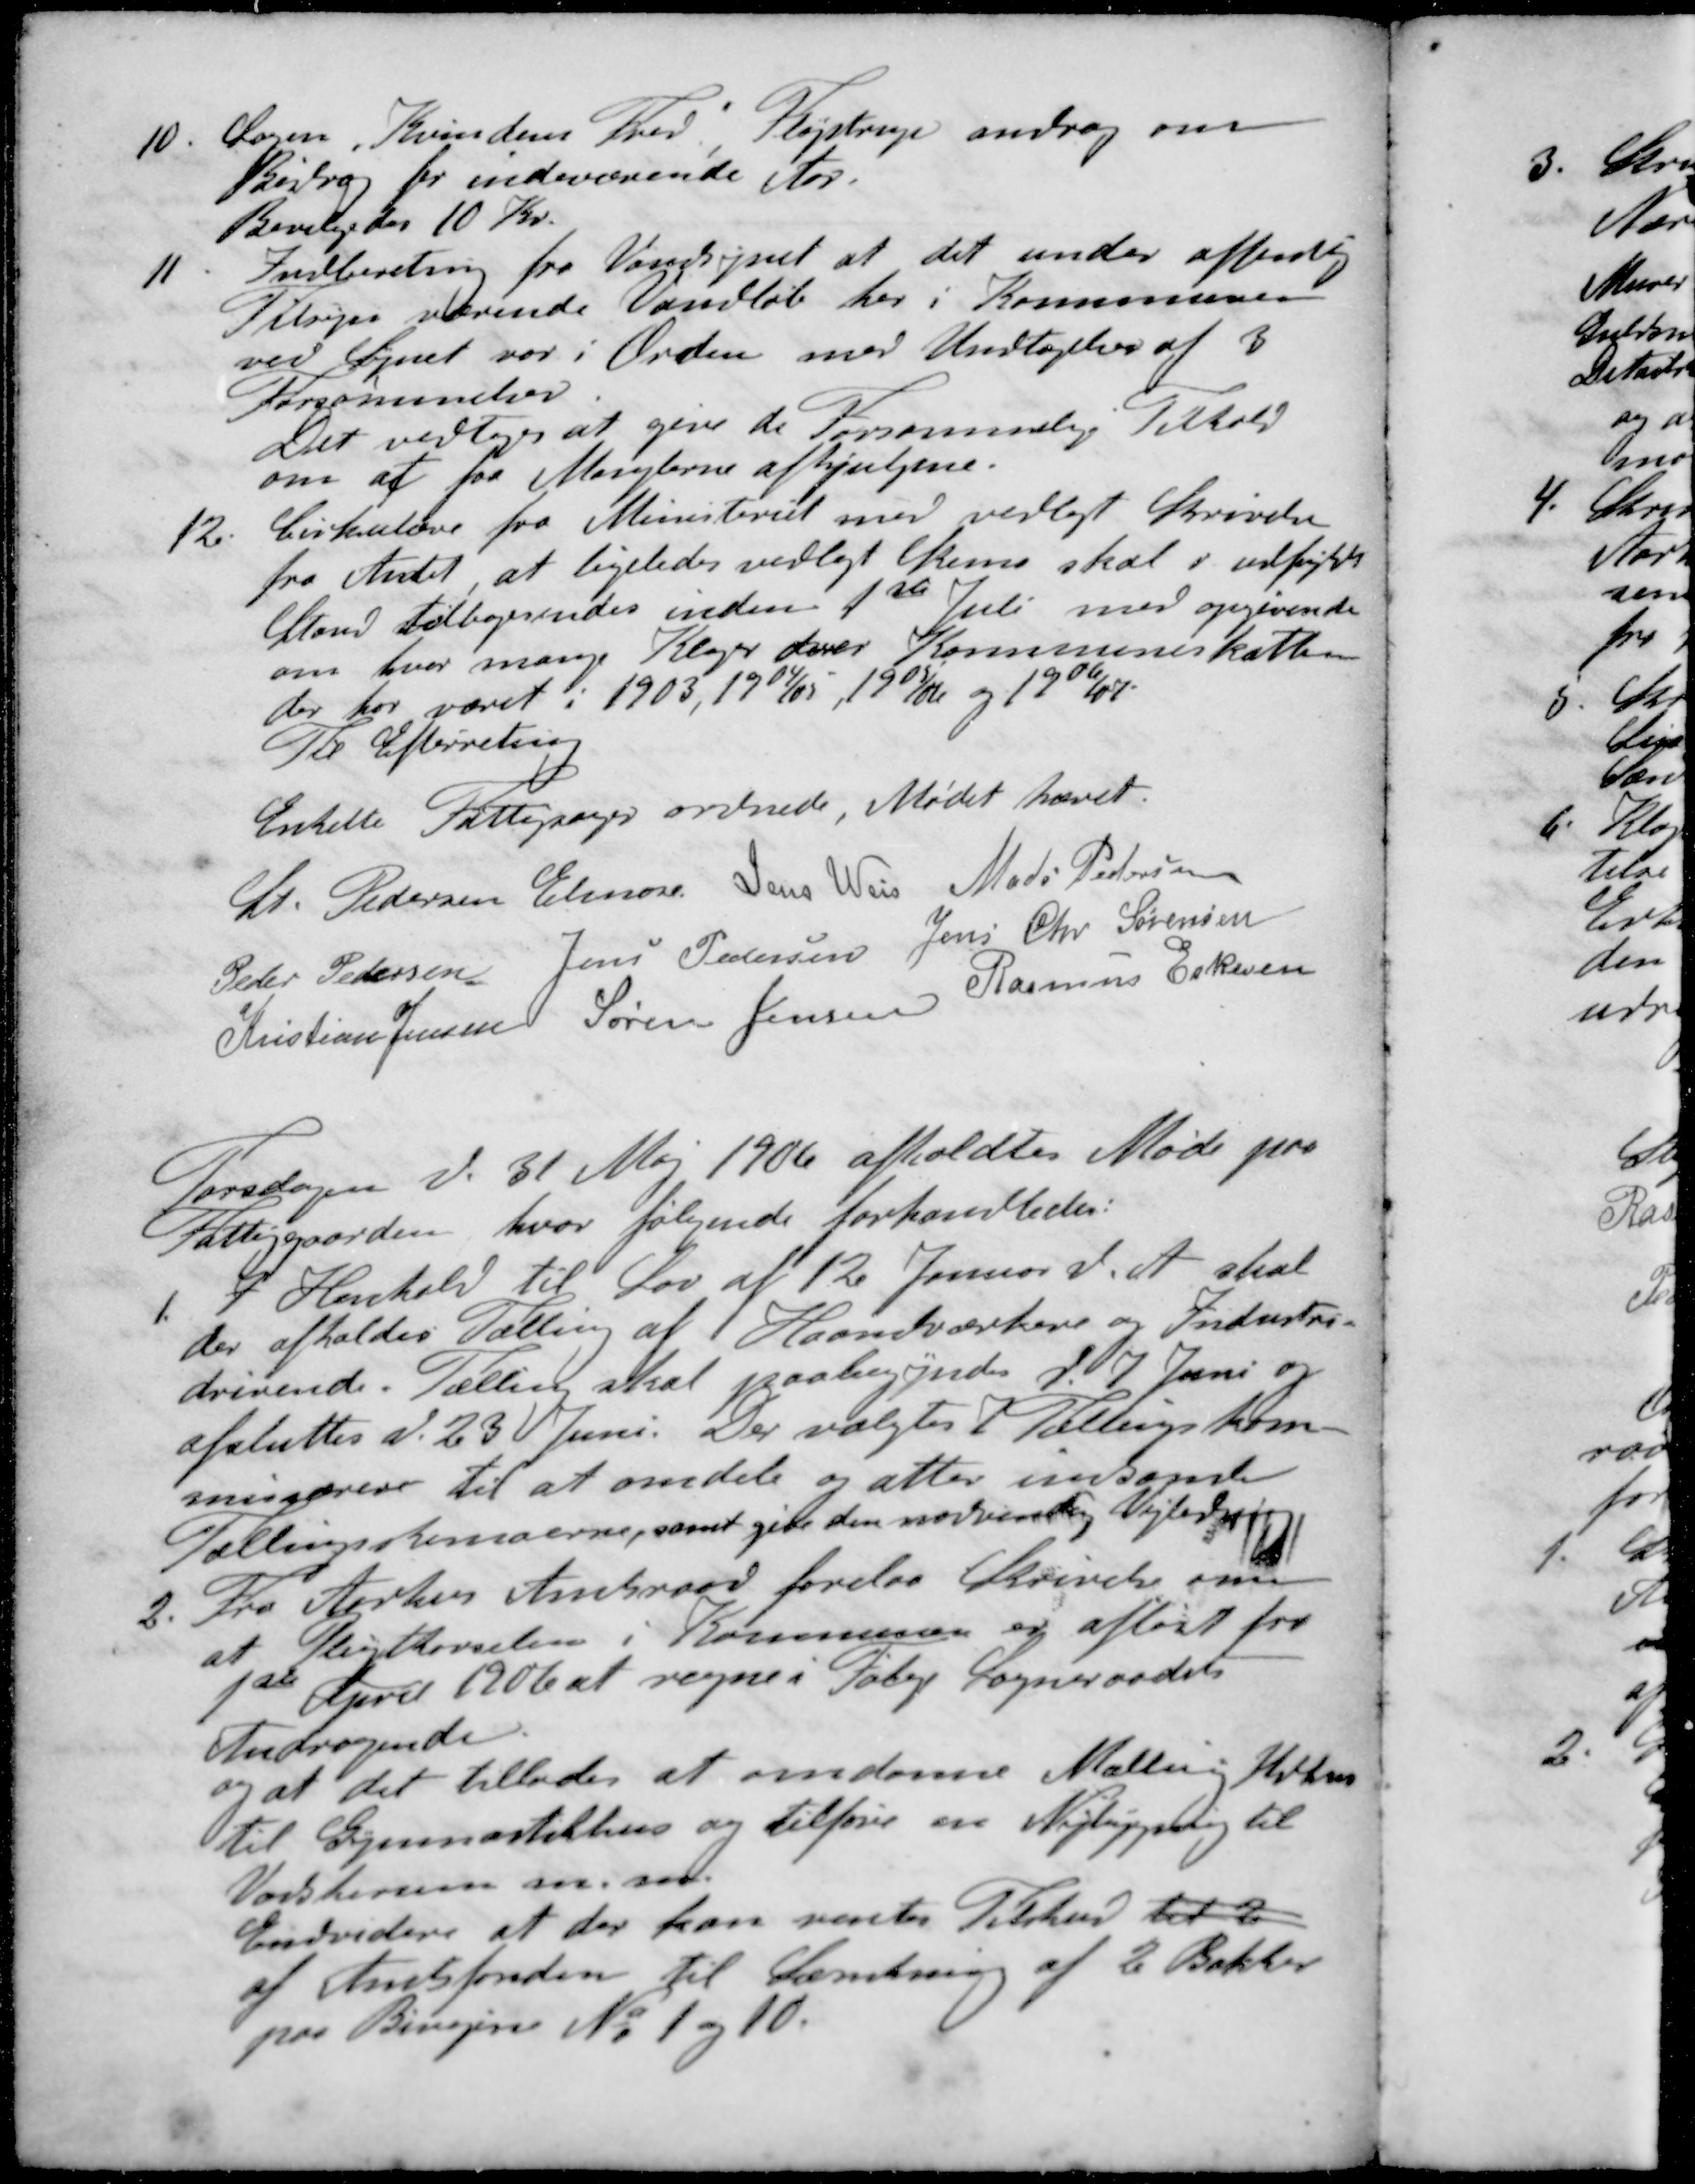
Transskription:
10. Logen "Kvindens Fred" Fløjstrup androg om
Bidrag for indeværende Aar.
Bevilgedes 10 Kr.
11. Indberetning fra Vandsynet at det under offentlig
Tilsyn værende Vandløb her i Kommunen
ved Synet var i Orden med Undtagelser af 3
Forsømmelser
Det vedtoges at give de Forsømmelige Tilhold
om at faa Manglerne afhjulpne.
12. Cirkulære fra Ministeriet med vedlagt Skrivelse
fra Amtet at ligeledes vedlagt Skema skal i udfyldt
Stand Tilbagerendes inden 1ste Juli med opgivende
om hvor mange Klager over Kommuneskatten
der har været i 1903, 1904/05, 1905/06 og 19 06/07
Til Efterretning
Enkette Fattigsager ordnede, Mødet hævet.
St Pedersen Elmose
Jens Weis
Mads Pedersen
Peder Pedersen
Jens Pedersen
Jens Chr Sørensen
Kristian Jensen
Søren Jensen
Rasmus Eskesen
Torsdagen d. 31 Maj 1906 afholdtes Møde paa
Fattiggaarden, hvor følgende forhandledes:
1. I Henhold til Lov af 12 Januar d. A. skal
der afholdes Tælling af Haandværkere og Industri-
drivende Tælling skal paabegyndes d. 7. Juni og
afsluttes d. 23 Juni. Der valgtes Tællingskom-
missærer til at omdele og atter indsamle
Tællingsskemaerne, samt give den nødvendig Vejledning
2. Fra Aarhus Amtsraad forelaa Skrivelse om
at Pligtkørselen i Kommunen er afløst fra
1ste April 1906 at regne i Følge Sogneraadets
Andragende.
og at det tillades at omdanne Malling Udhus
til Gymnastikhus og tilføre en Nybygning til
Varskerien m. m.
Endvidere at der kan ventes Tilskud til 2
af Amtsfonden til Sænkning af 2 Bakker
paa Bivejene No 1 og 10.